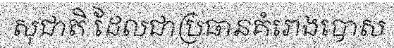
សុជាតិ ដែលជាប្រធានគំរោងបោស